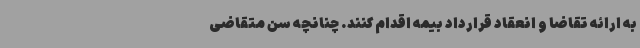
به ارائه تقاضا و انعقاد قرارداد بیمه اقدام کنند. چنانچه سن متقاضی